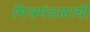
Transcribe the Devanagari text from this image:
मित्रमंडळाची